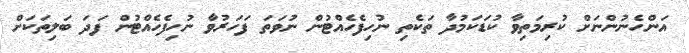
އަންހެނުންނަށް ކުރިމަތިވާ ކުޑަކަމުދާ ތަކެތި ނުހިފެހެއްޓުން ނުވަތަ ފަހަރުވާ ނުހިފެހެއްޓުން ފަދަ ބަލިތަކަށް